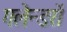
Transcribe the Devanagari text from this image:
गलेन्डरों